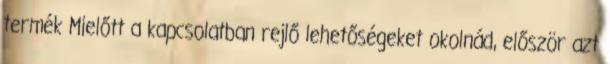
termék Mielőtt a kapcsolatban rejlő lehetőségeket okolnád, először azt